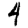
Digit: 4